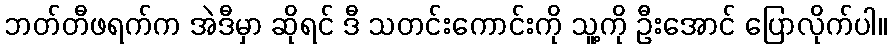
ဘတ်တီဖရက်က အဲဒီမှာ ဆိုရင် ဒီ သတင်းကောင်းကို သူ့ကို ဦးအောင် ပြောလိုက်ပါ။